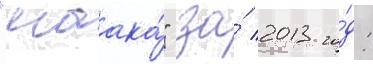
"маака́" за́ 2013 го́д: